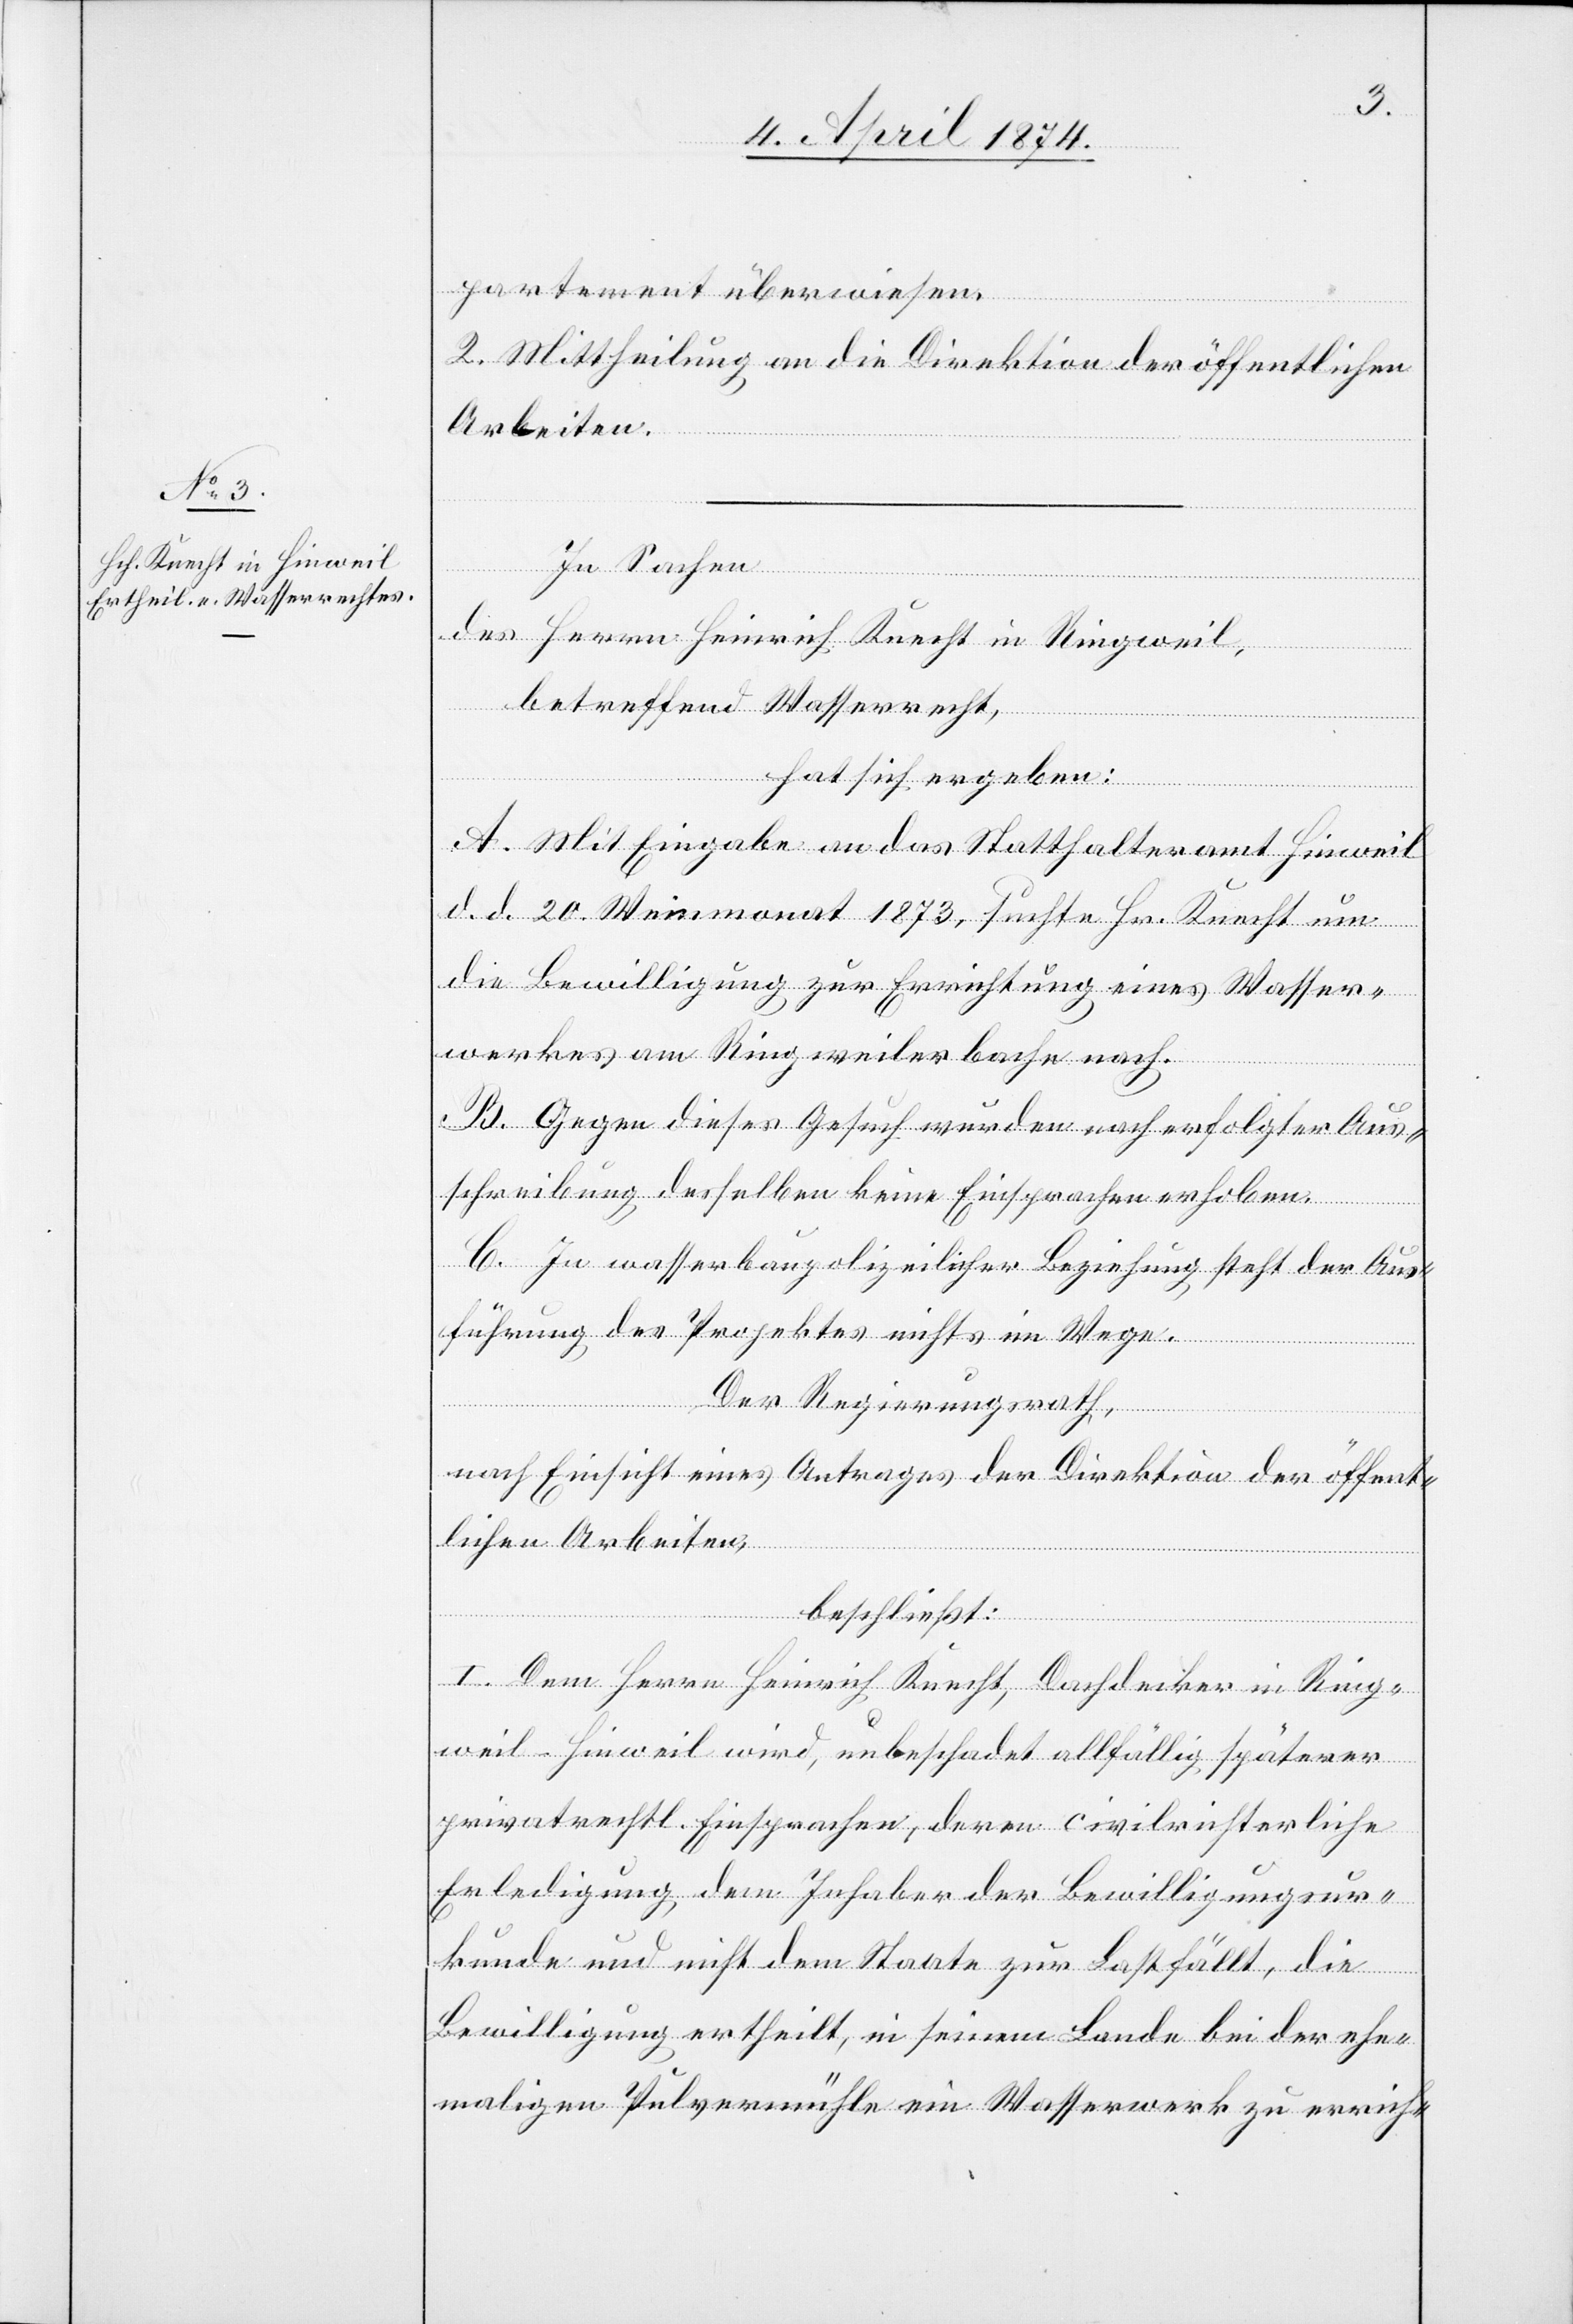
partement überwiesen.
2. Mittheilung an die Direktion der öffentlichen
Arbeiten.
In Sachen
des Herrn Heinrich Knecht in Ringweil,
betreffend Wasserrecht,
hat sich ergeben:
A. Mit Eingabe an das Statthalteramt Hinweil
d. d. 20. Weinmonat 1873, suchte Hr. Knecht um
die Bewilligung zur Errichtung eines Wasser¬
werkes am Ringweilerbache nach.
B. Gegen dieses Gesuch wurden nach erfolgter Aus¬
schreibung desselben keine Einsprachen erhoben.
C. In wasserbaupolizeilicher Beziehung steht der Aus¬
führung des Projektes nichts im Wege.
Der Regierungsrath,
nach Einsicht eines Antrages der Direktion der öffent¬
lichen Arbeiten,
beschließt:
I. Dem Herrn Heinrich Knecht, Dachdecker in Ring¬
weil-Hinweil wird, unbeschadet allfällig späterer
privatrechtl. Einsprachen, deren civilrichterliche
Erledigung dem Inhaber der Bewilligungsur¬
kunde und nicht dem Staate zur Last fällt, die
Bewilligung ertheilt, in seinem Lande bei der ehe¬
maligen Pulvermühle ein Wasserwerk zu errich-